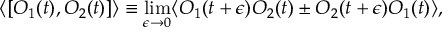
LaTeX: \langle [ O _ { 1 } ( t ) , O _ { 2 } ( t ) ] \rangle \equiv \operatorname * { l i m } _ { \epsilon \rightarrow 0 } \langle O _ { 1 } ( t + \epsilon ) O _ { 2 } ( t ) \pm O _ { 2 } ( t + \epsilon ) O _ { 1 } ( t ) \rangle ,